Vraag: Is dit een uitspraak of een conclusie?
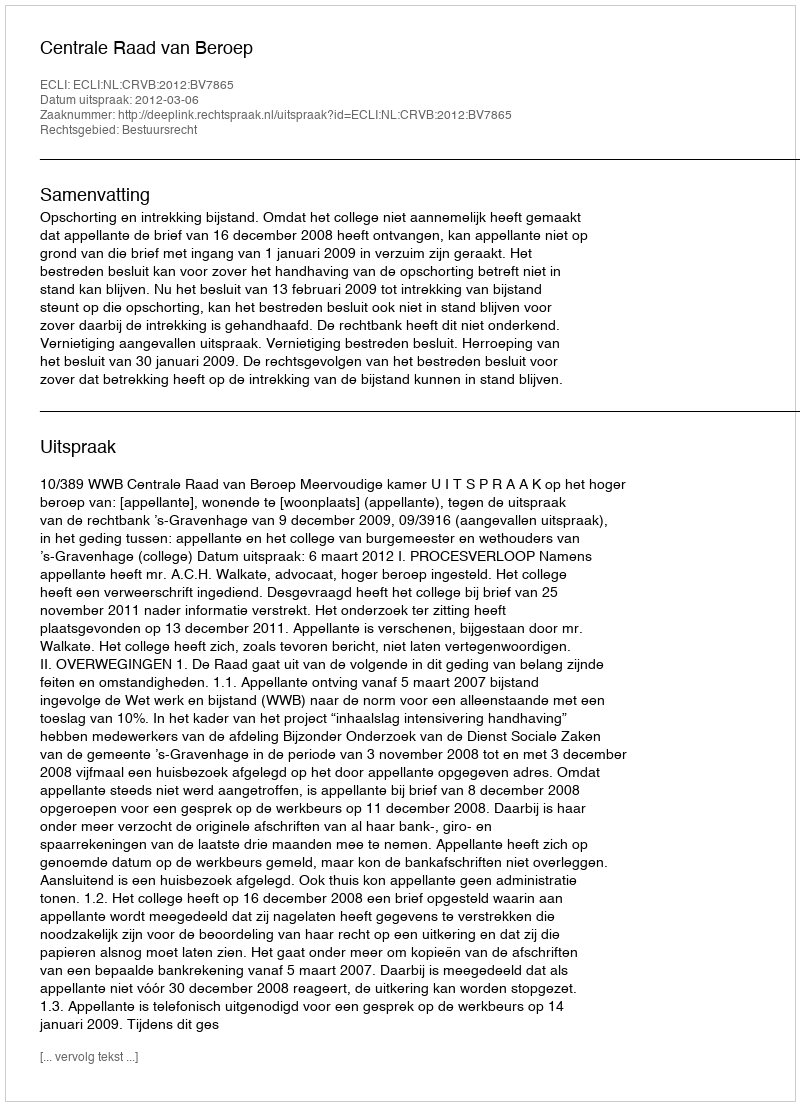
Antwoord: Uitspraak